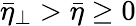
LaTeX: \bar{\eta}_{\perp}>\bar{\eta}\ge 0